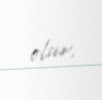
olur.